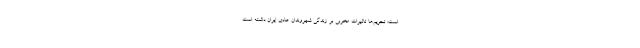
است: تحریم‌ها تاثیرات مخربی بر زندگی شهروندان عادی ایران داشته است.